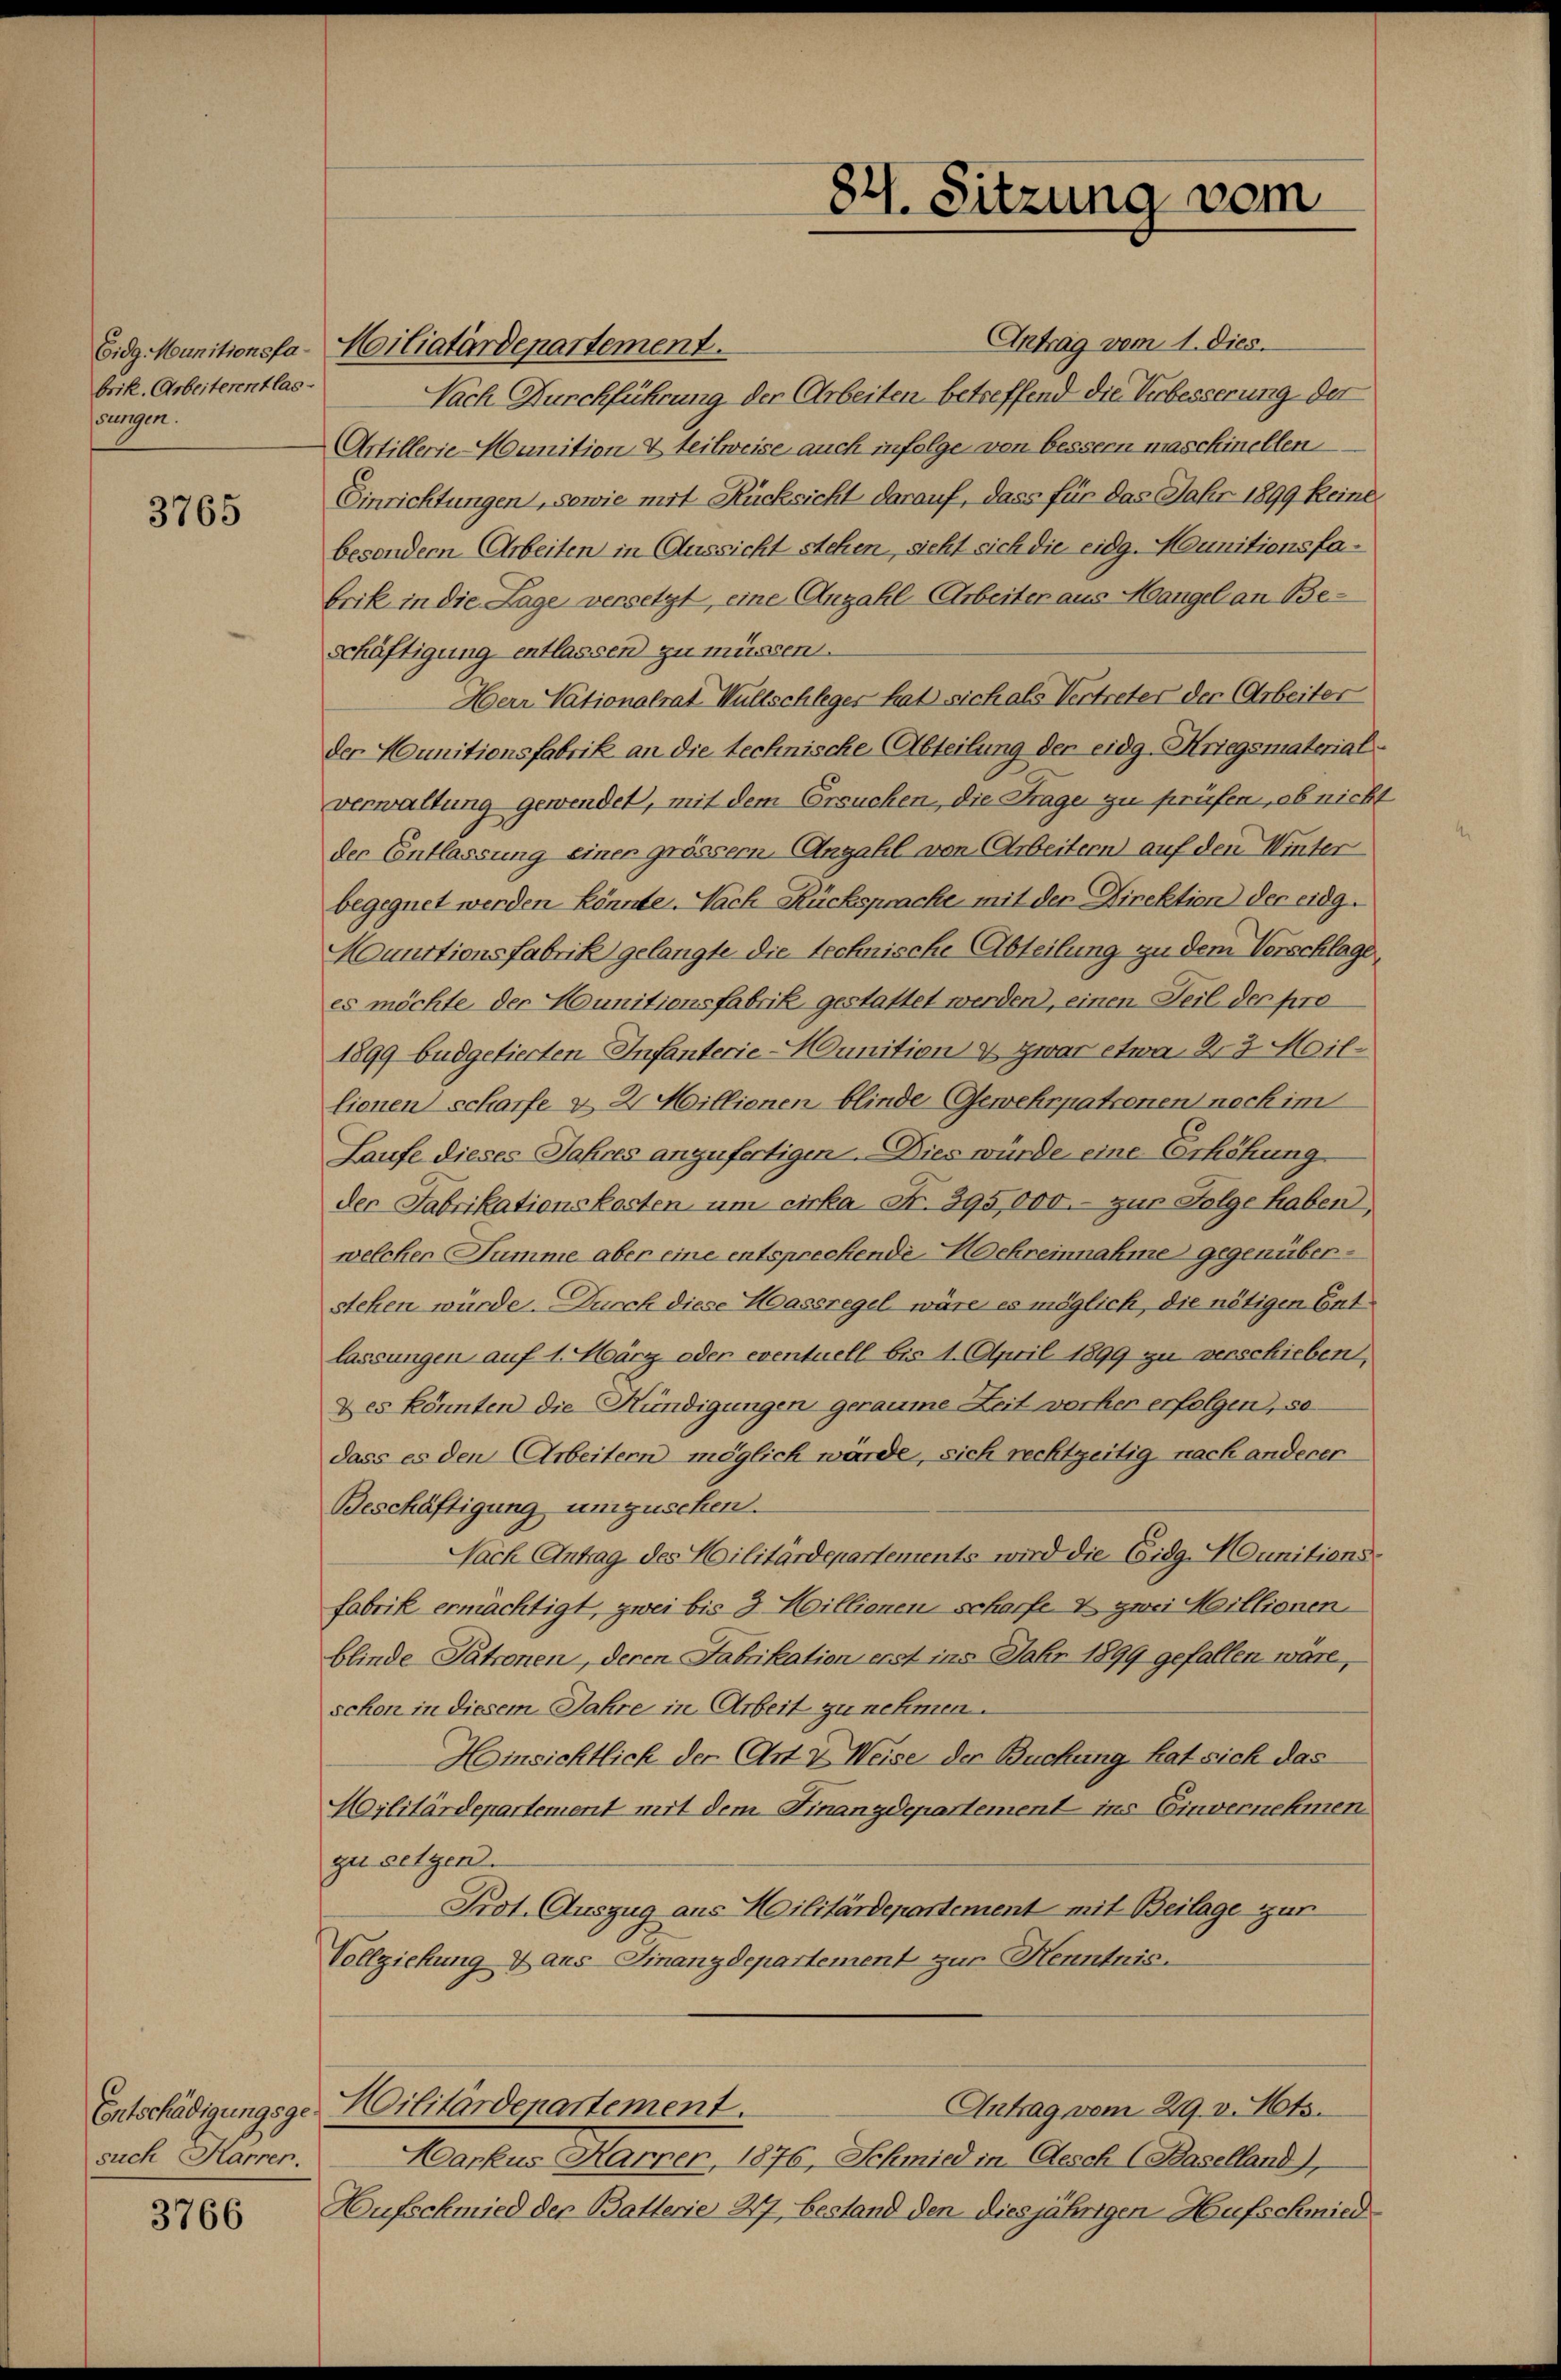
brik. Arbeiterentlas-
sungen.

3765

such Harrer.

3766

Eidg. Munitionsfa-Moiliatärdepartement.
schäftigung entlassen zu müssen.

Antrag vom 1. Dies
Nach Durchführung der Arbeiten betreffend die Verbesserung der
Artillerie-Munition & teilweise auch infolge von bessern maschinellen
Einrichtungen, sowie mit Rücksicht darauf, dass für das Jahr 1899 keine
besondern Arbeiten in Aussicht stehen, sieht sich die eidg. Munitionsfabrik in die Lage versetzt, eine Anzahl Arbeiter aus Mangel an Be¬
Herr Nationalrat Wultschleger hat sich als Vertreter der Arbeiter
der Munitionsfabrik an die technische Abteilung der eidg. Kriegsmaterial-
verwaltung gewendet, mit dem Ersuchen, die Frage zu prüfen, ob nicht
der Entlassung einer grössem Angahl von Arbeitern auf den Winter
begegnet werden könnte. Nach Rücksprache mit der Direktion der eidg.
Munitionsfabrik gelangte die technische Abteilung zu dem Verschlage,
es möchte der Munitionsfabrik gestattet werden, einen Teil der pro
1899 büdgetierten Infanterie-Munition & zwar etwa 23 Maillionen scharfe & 2 Millionen blinde Gewehrpatronen nach im
Laufe dieses Jahres anzufertigen. Dies würde eine Erhöhung
der Fabrikationskosten um cirka Fr. 395,000.- zur Folge haben,
welcher Summe aber eine entsprechende Hochreinnahme gegenüberstehen würde. Durch diese Wassregel wäre es möglich, die nötigen Ent-
lassungen auf 1. März oder eventuell bis 4. April 1899 zu verschieben,
Des könnten die Hündigungen geraume Zeit vorher erfolgen, sodass es den Arbeitern möglich würde, sich rechtzeitig nach anderer
Beschäftigung umzuschen.
Nach Antrag des Militärdepartements wird die Eidg. Munitions
fabrik ermächtigt, zwei bis 3 Millionen scharfe & zwei Meillionen.
blinde Patronen, deren Fabrikation erst ins Febr 1899 gefallen wäre,
schon in diesem Jahre in Arbeit zu nehmen.
Hinsichtlich der Art & Weise der Buchung hat sich das
Hilitärdepartement mit dem Finanzdepartement ins Einvernehmen
zu setzen.
Prot. Auszug aus Militärdepartement mit Beilage zur
Vollziehung 4 aus Finanzdepartement zur Henntnis.
Antrag vom 29. v. Mts.
Entschädigungsge Militärdepartement.
Markus Harrer, 1876, Schmied in Aesch (Baselland),
Hufschmied der Batterie 27, bestand den diesjährigen Hufschmied

84. Sitzung vom